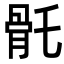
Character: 𩨛